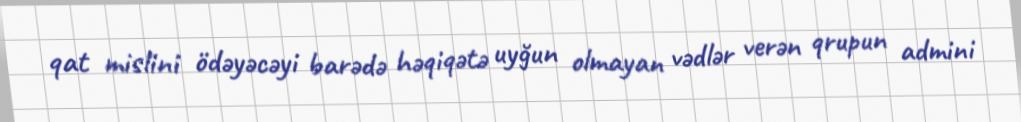
qat mislini ödəyəcəyi barədə həqiqətə uyğun olmayan vədlər verən qrupun admini